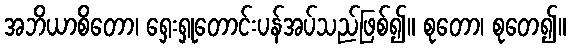
အဘိယာစိတော၊ ရှေးရှုတောင်းပန်အပ်သည်ဖြစ်၍။ စုတော၊ စုတေ၍။